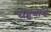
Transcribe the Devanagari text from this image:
यष्ट्यांचे